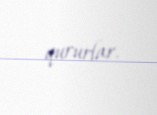
qururlar.